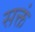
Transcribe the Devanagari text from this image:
सक्तं